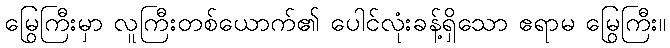
မြွေကြီးမှာ လူကြီးတစ်ယောက်၏ ပေါင်လုံးခန့်ရှိသော ဧရာမ မြွေကြီး။